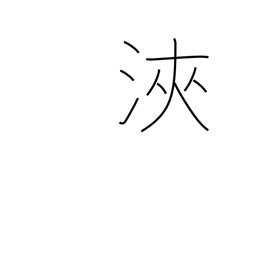
Meaning: cycle